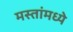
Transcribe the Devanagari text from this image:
मस्तांमध्ये